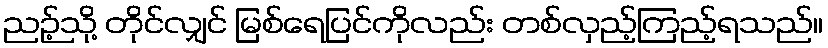
ညဉ့်သို့ တိုင်လျှင် မြစ်ရေပြင်ကိုလည်း တစ်လှည့်ကြည့်ရသည်။